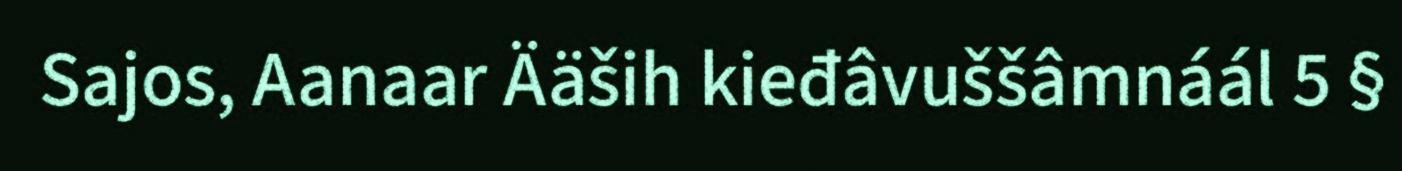
Sajos, Aanaar Ääših kieđâvuššâmnáál 5 §